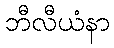
ဘီလီယံနာ